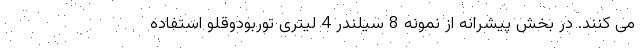
می کنند. در بخش پیشرانه از نمونه 8 سیلندر 4 لیتری توربودوقلو استفاده